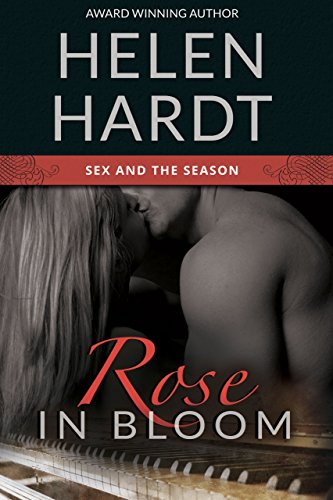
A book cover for Rose in Bloom (Sex and the Season: Two); Helen Hardt; Romance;